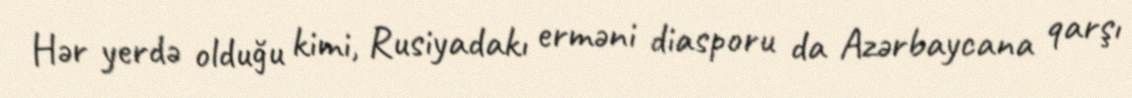
Hər yerdə olduğu kimi, Rusiyadakı erməni diasporu da Azərbaycana qarşı